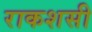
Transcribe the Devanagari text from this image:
राकशसी